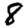
Digit: 8